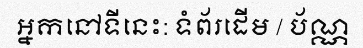
អ្នកនៅទីនេះ: ទំព័រដើម / ប័ណ្ណ